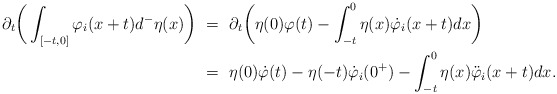
\begin{align*}\partial_t\bigg(\int_{[-t,0]}\varphi_i(x+t)d^-\eta(x)\bigg) \ &= \ \partial_t\bigg(\eta(0)\varphi(t) - \int_{-t}^0\eta(x)\dot\varphi_i(x+t)dx\bigg) \\&= \ \eta(0)\dot\varphi(t) - \eta(-t)\dot\varphi_i(0^+) - \int_{-t}^0 \eta(x)\ddot\varphi_i(x+t) dx.\end{align*}